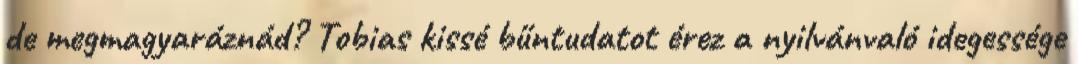
de megmagyaráznád? Tobias kissé bűntudatot érez a nyilvánvaló idegessége